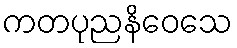
ကတပုညနိဝေသေ